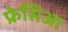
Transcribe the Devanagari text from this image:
फ्रेसिआ